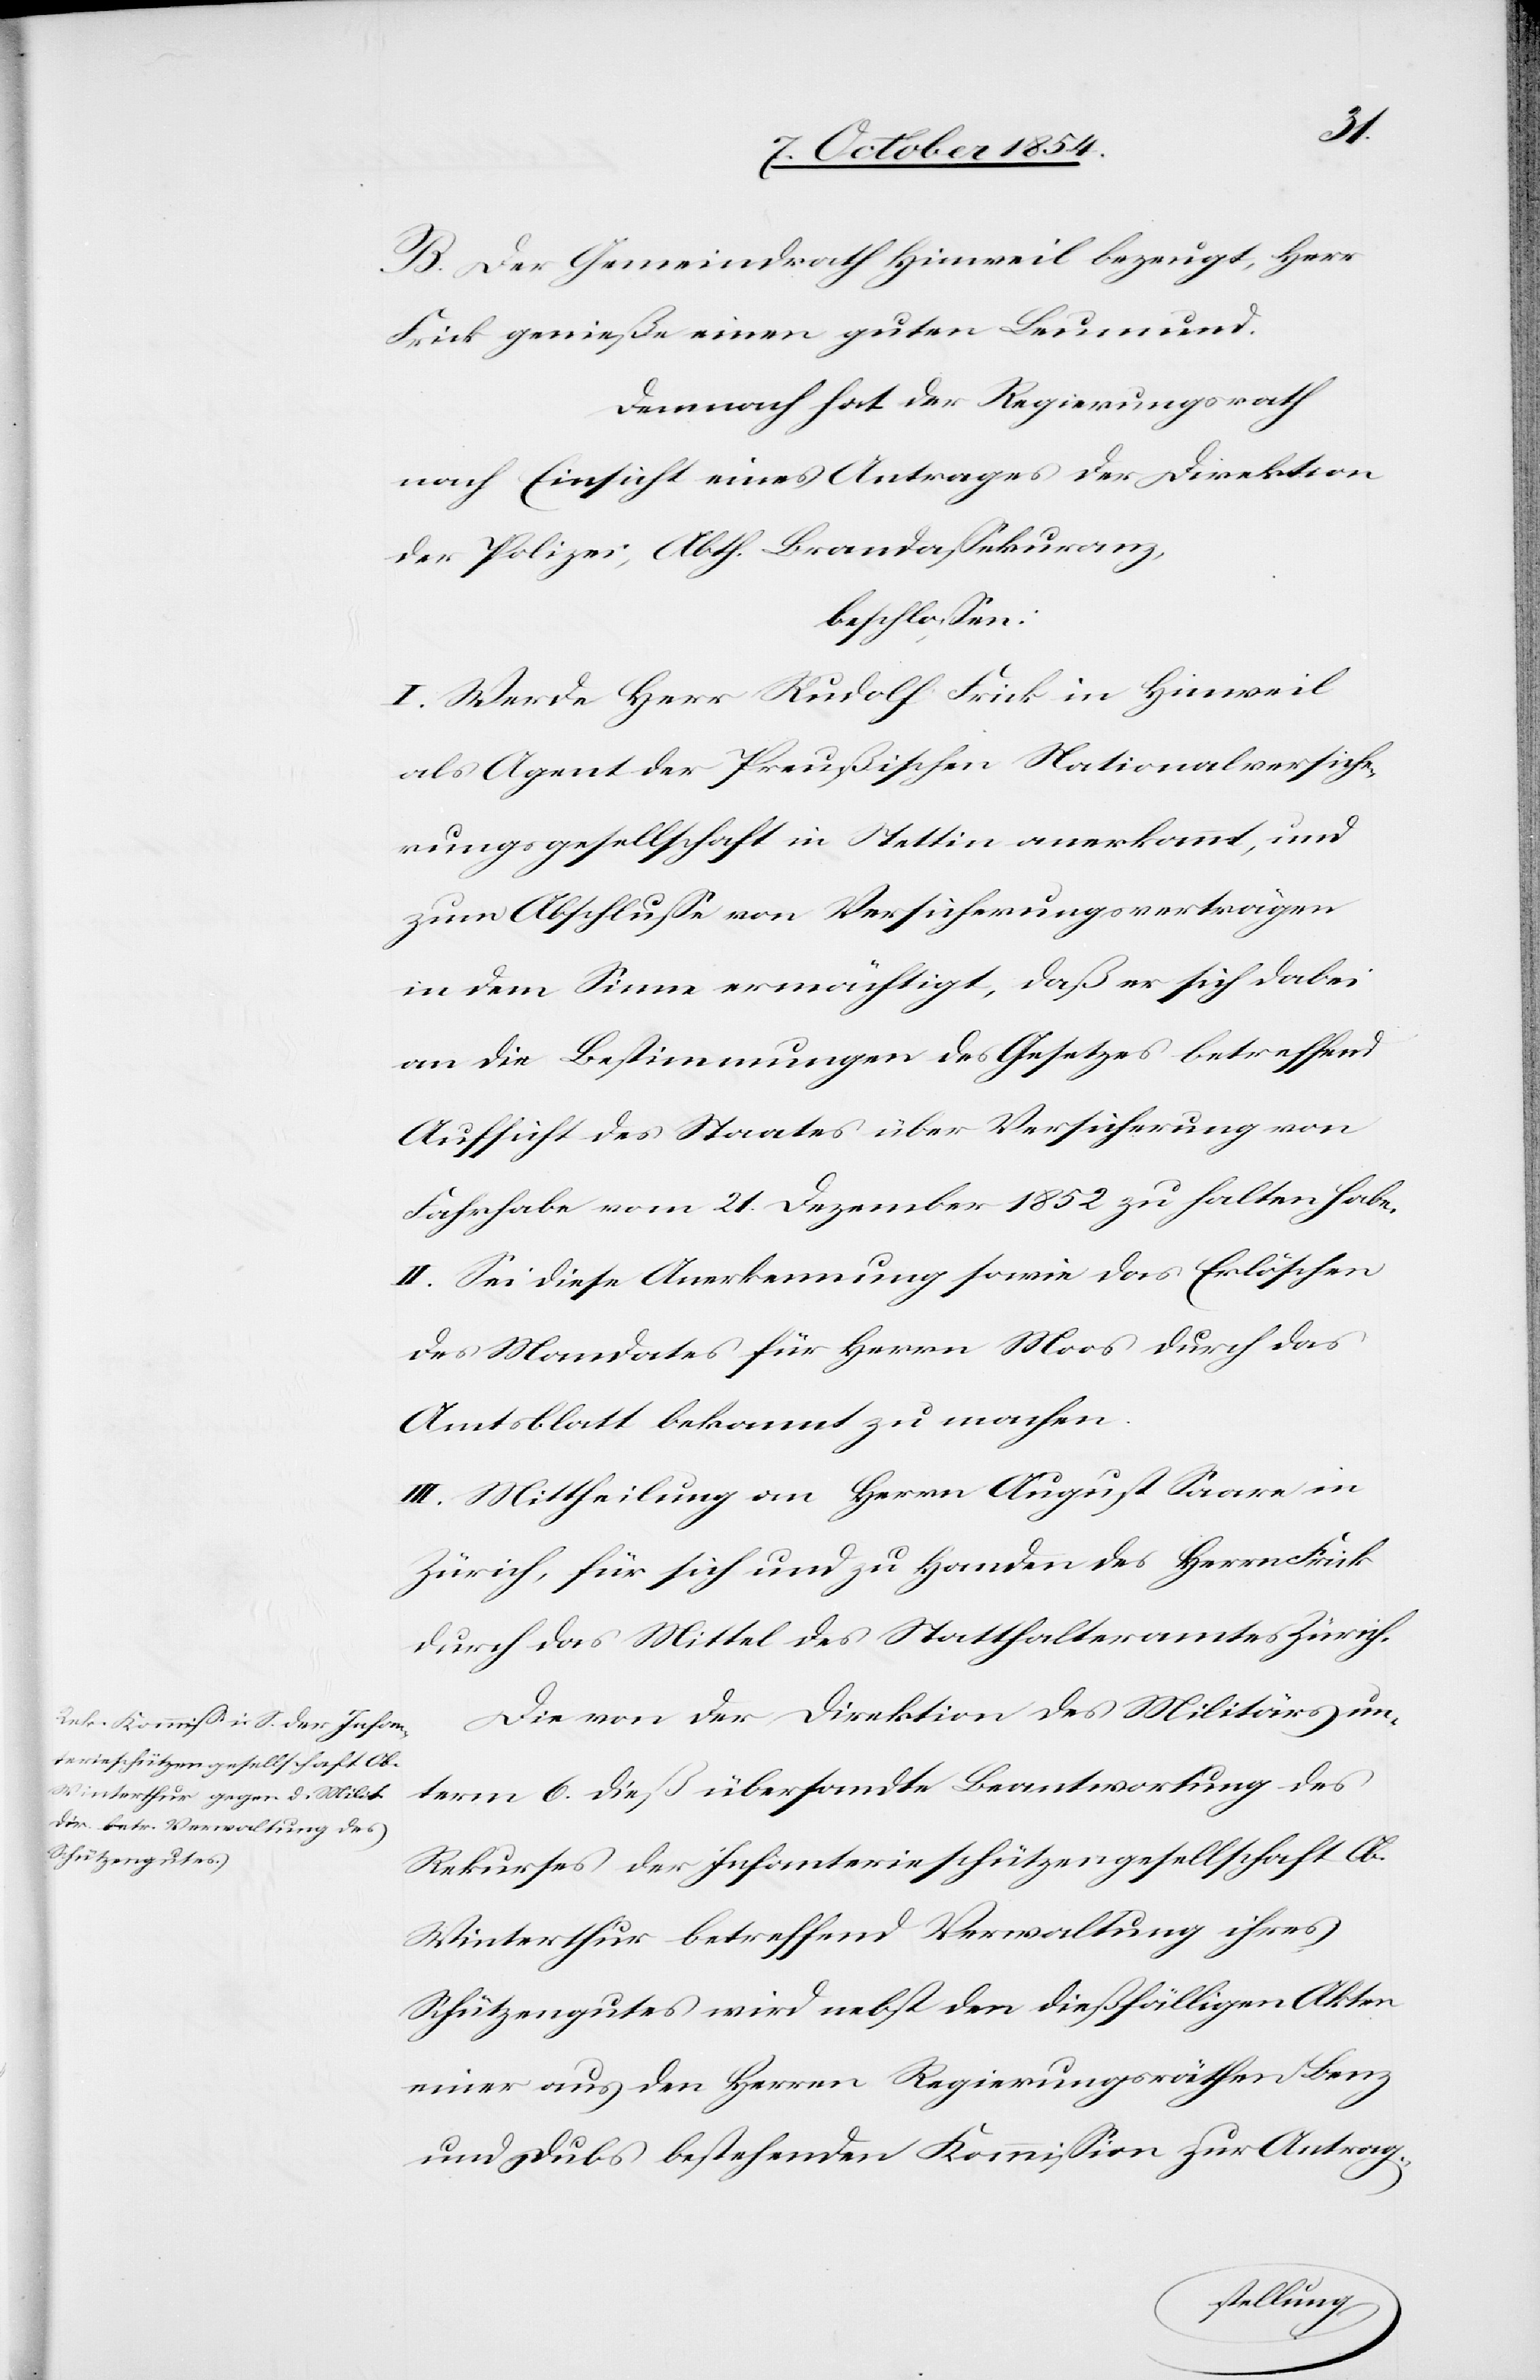
B. Der Gemeindrath Hinweil bezeugt, Herr
Frick genieße einen guten Leumund.
Demnach hat der Regierungsrath
nach Einsicht eines Antrages der Direktion
der Polizei, Abth. Brandaßekuranz,
beschloßen:
I. Werde Herr Rudolf Frick in Hinweil
als Agent der Preußischen Nationalversiche¬
rungsgesellschaft in Stettin anerkannt, und
zum Abschluße von Versicherungsverträgen
in dem Sinne ermächtigt, daß er sich dabei
an die Bestimmungen des Gesetzes betreffend
Aufsicht des Staates über Versicherung von
Fahrhabe vom 21. Dezember 1852 zu halten habe.
II. Sei diese Anerkennung sowie das Erlöschen
des Mandates für Herrn Moos durch das
Amtsblatt bekannt zu machen.
III. Mittheilung an Herrn August Saare in
Zürich, für sich und zu Handen des Herrn Frick
durch das Mittel des Statthalteramtes Zürich.
Die von der Direktion des Militärs un¬
term 6. dieß übersandte Beantwortung des
Rekurses der Infanterieschützengesellschaft Ob.
Winterthur betreffend Verwaltung ihres
Schützengutes wird nebst den dießfälligen Akten
einer aus den Herren Regierungsräthen Benz
und Dubs bestehenden Kommißion zur Antrag-